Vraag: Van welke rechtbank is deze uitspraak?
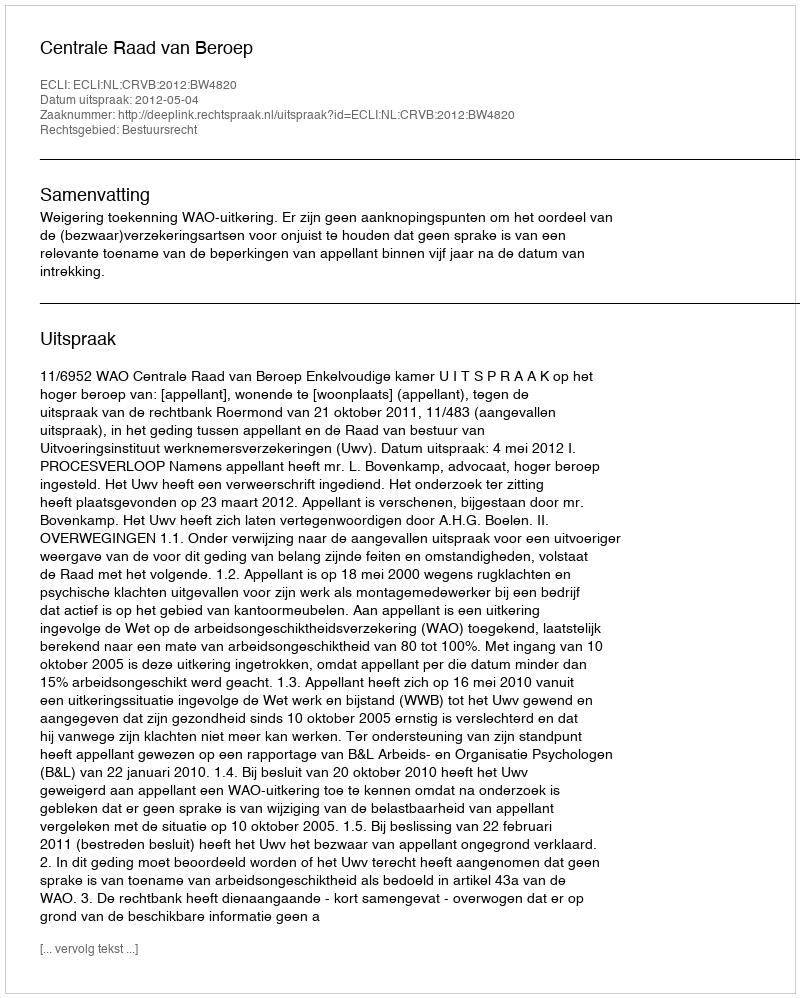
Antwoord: Centrale Raad van Beroep